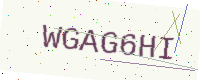
Text: WGAG6HI